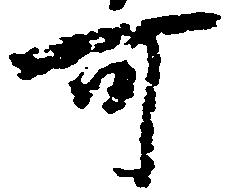
可